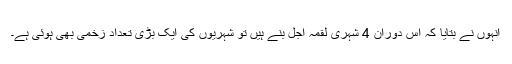
انہوں نے بتایا کہ اس دوران 4 شہری لقمہ اجل بنے ہیں تو شہریوں کی ایک بڑی تعداد زخمی بھی ہوئی ہے۔